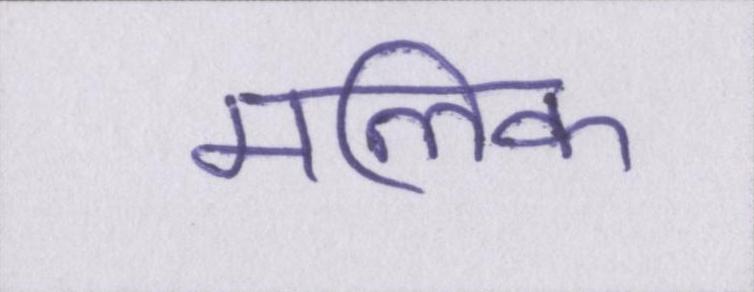
मलिक